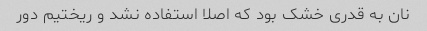
نان به قدری خشک بود که اصلا استفاده نشد و ریختیم دور